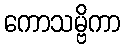
ကောသမ္ဗိကာ